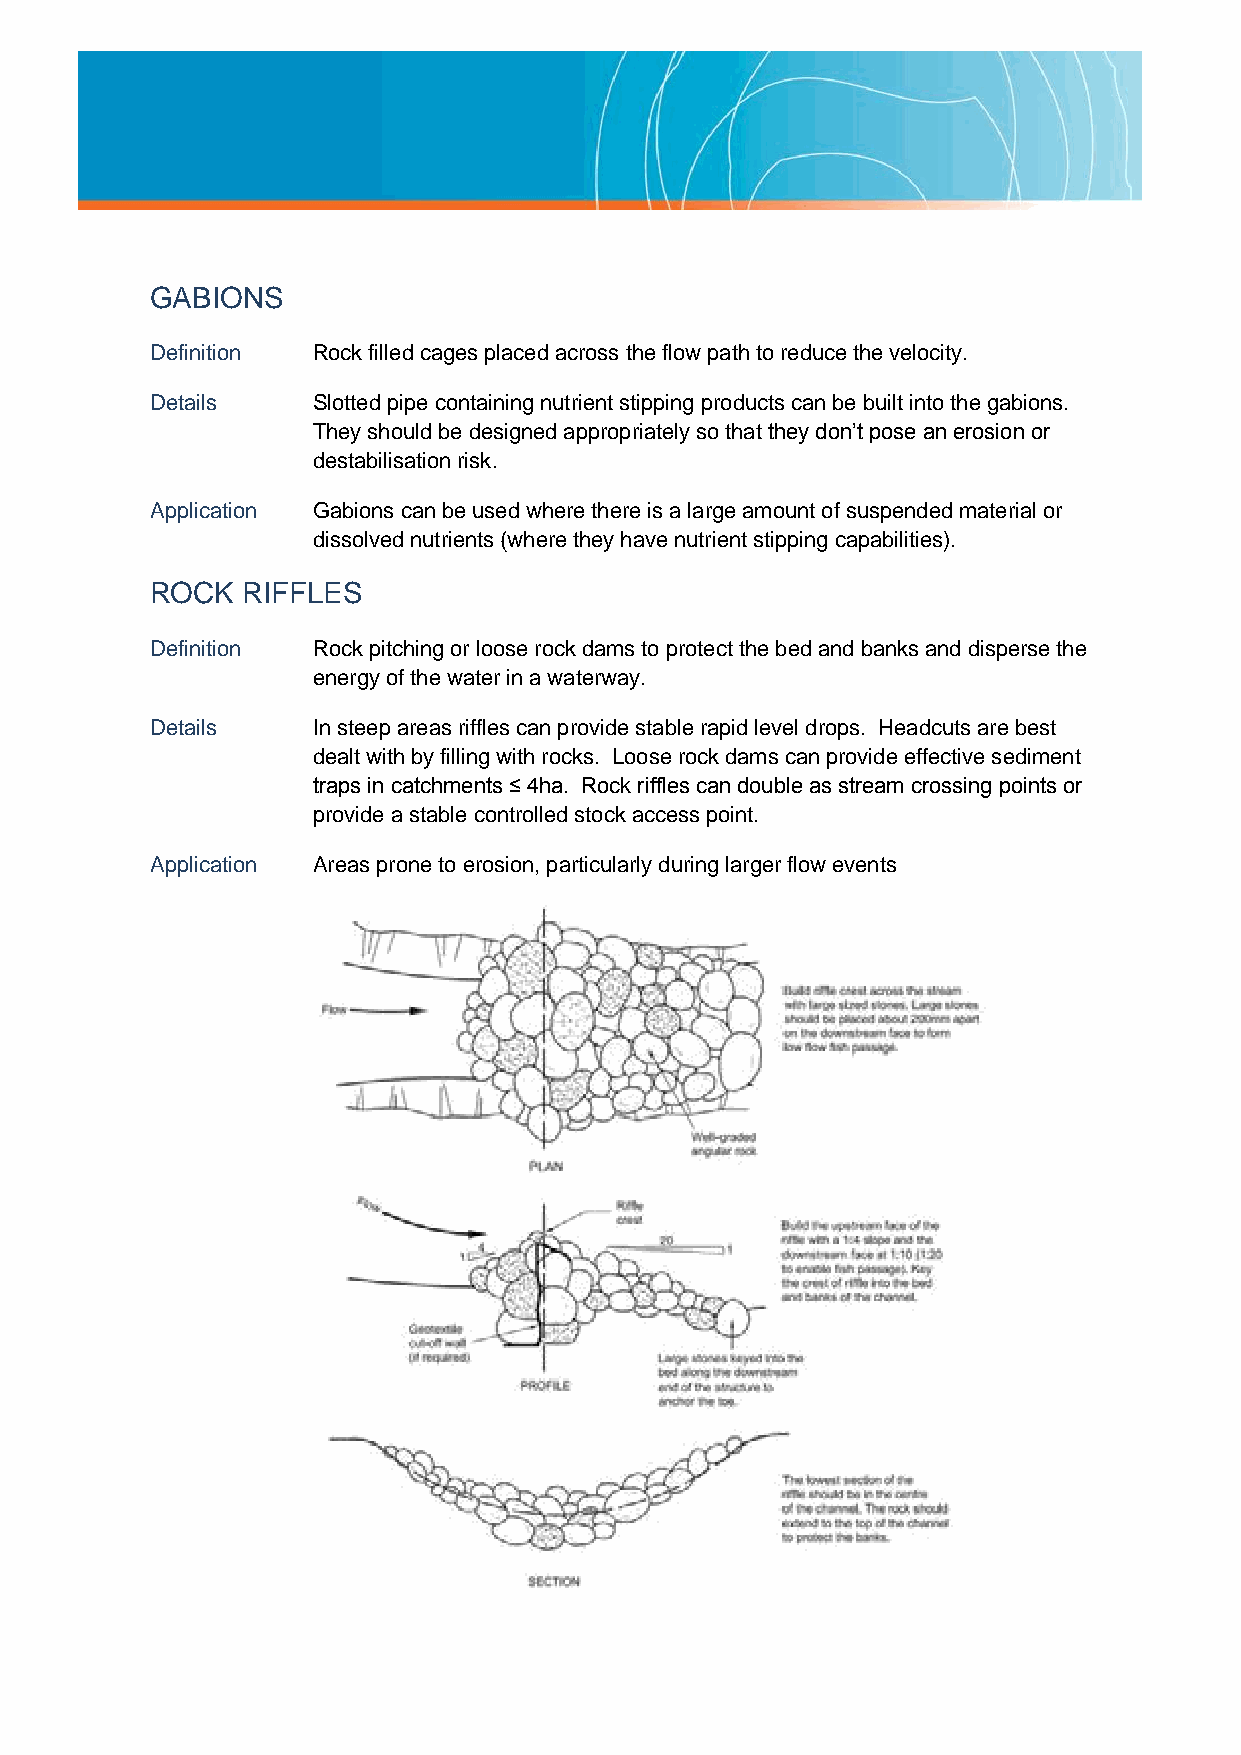
GABIONS
 Definition Rock filled cages placed across the flow path to reduce the velocity.
 Details    Slotted pipe containing nutrient stipping products can be built into the gabions.
 They should be designed appropriately so that they don’t pose an erosion or
 destabilisation risk.
 Application Gabions can be used where there is a large amount of suspended material or
 dissolved nutrients (where they have nutrient stipping capabilities).
 ROCK  RIFFLES
 Definition Rock pitching or loose rock dams to protect the bed and banks and disperse the
 energy of the water in a waterway.
 Details    In steep areas riffles can provide stable rapid level drops. Headcuts are best
 dealt with by filling with rocks. Loose rock dams can provide effective sediment
 traps in catchments ≤ 4ha. Rock riffles can double as stream crossing points or
 provide a stable controlled stock access point.
 Application Areas prone to erosion, particularly during larger flow events